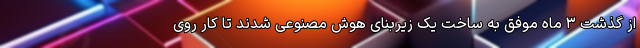
از گذشت ۳ ماه موفق به ساخت یک زیربنای هوش مصنوعی شدند تا کار روی